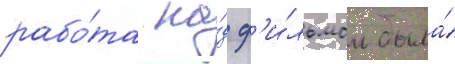
рабо́та на́д ф'и́льмом была́